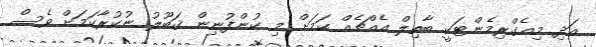
އަދި މިއެގްރިމެންޓަކީ ބާތިލް އެއްޗެއް ކަމަށް މި ކުންފުނިން ޤަބޫލު ނުކުރާކަމަށް ވެސް